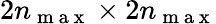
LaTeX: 2n_{\mathrm{~m~a~x~}}\times 2n_{\mathrm{~m~a~x~}}